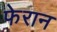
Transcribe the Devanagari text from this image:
फेरान